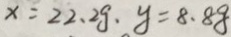
x = 2 2 . 2 g . y = 8 . 8 g